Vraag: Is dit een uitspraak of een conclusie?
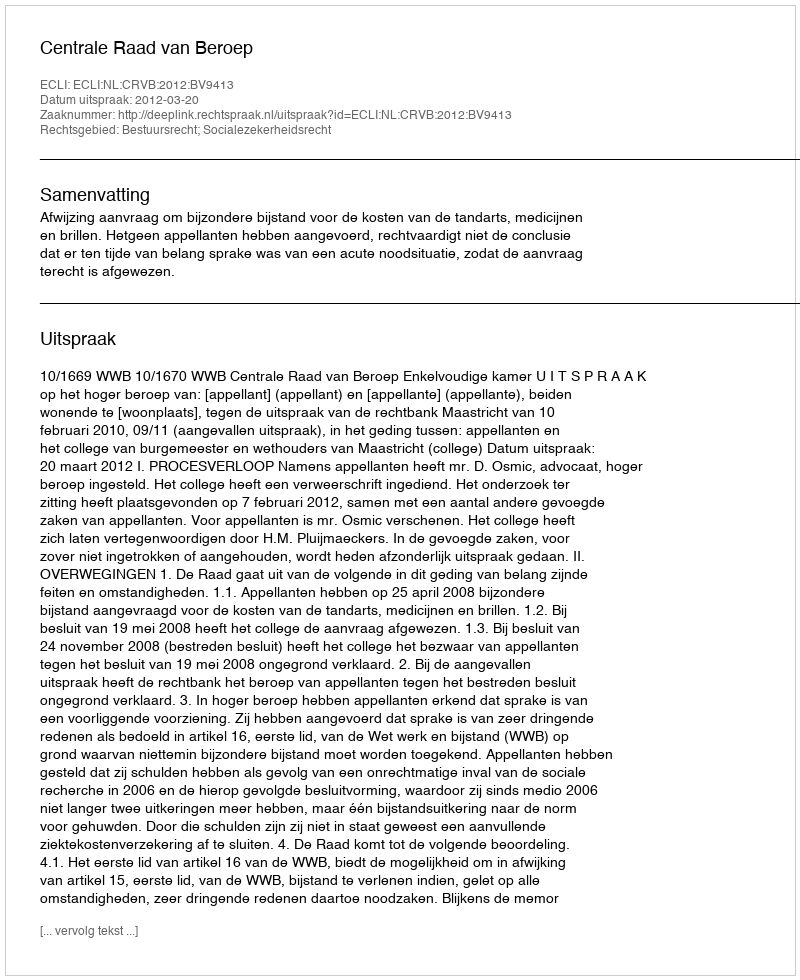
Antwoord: Uitspraak